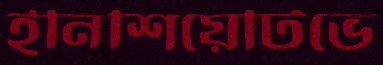
ইনিশিয়েটিভে